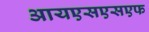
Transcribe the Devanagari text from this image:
आयएसएसएफ